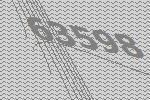
63598